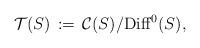
LaTeX: \begin{align*}{\mathcal T}(S)\, :=\, {\mathcal C}(S)/{\rm Diff}^0(S), \end{align*}